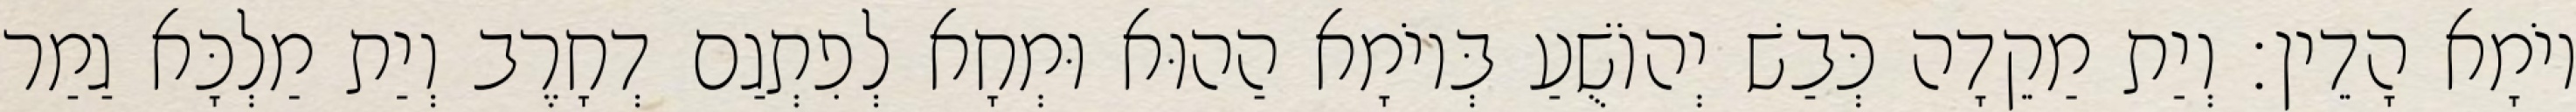
יוֹמָא הָדֵין׃ וְיַת מַקֵדָה כְּבַשׁ יְהוֹשֻׁעַ בְּיוֹמָא הַהוּא וּמְחָא לְפִתְגַם דְחָרֶב וְיַת מַלְכָּא גַמַר